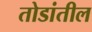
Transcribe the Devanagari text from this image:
तोडांतील